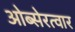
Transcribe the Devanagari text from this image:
ओब्सेरत्वार